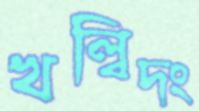
খল্বিদং